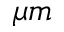
\mu m